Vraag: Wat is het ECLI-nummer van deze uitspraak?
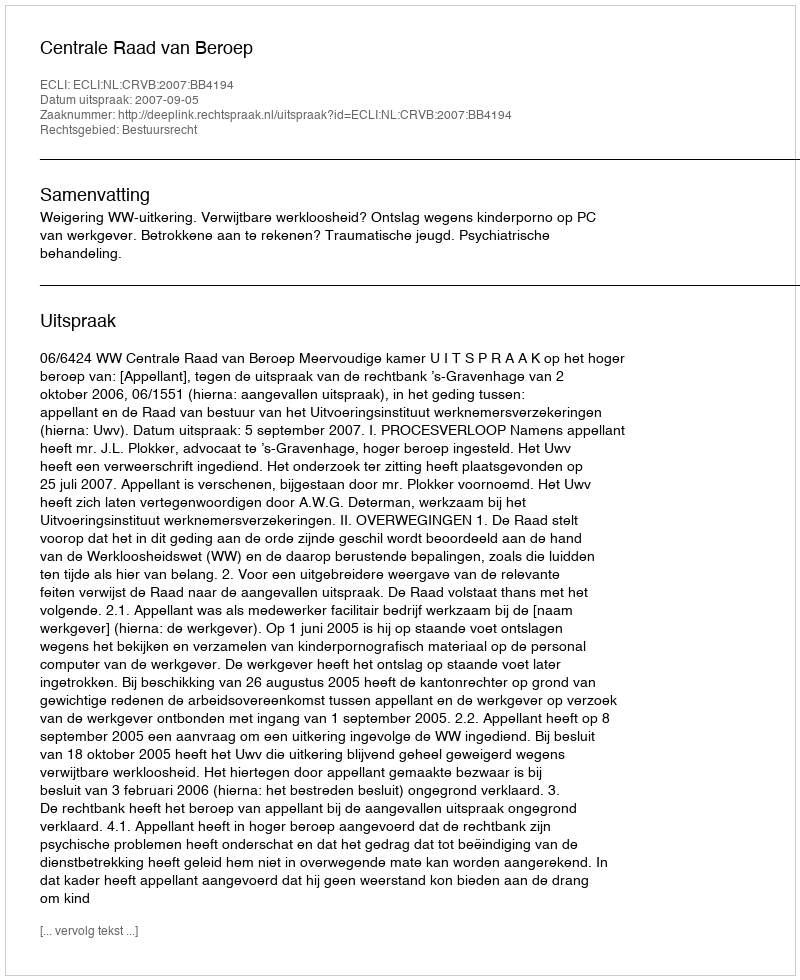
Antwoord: ECLI:NL:CRVB:2007:BB4194